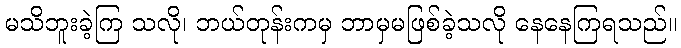
မသိဘူးခဲ့ကြ သလို၊ ဘယ်တုန်းကမှ ဘာမှမဖြစ်ခဲ့သလို နေနေကြရသည်။